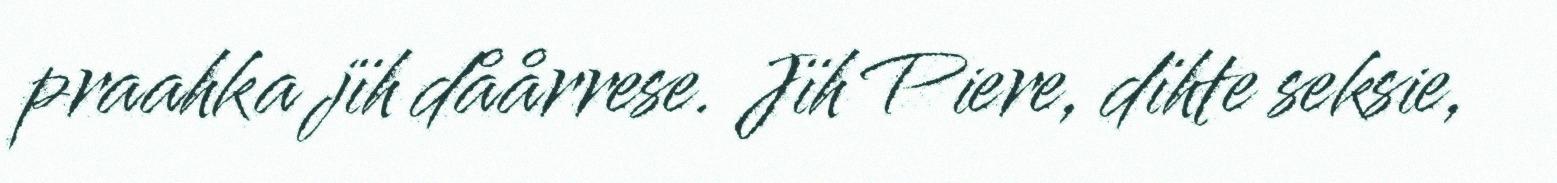
praahka jïh dåårrese. Jïh Piere, dïhte seksie,